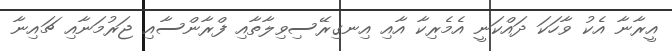
އީރާނާ އެކު ވާހަކަ ދައްކަނީ އެމެރިކާ އާއި އިނގިރޭސިވިލާތާއި ފްރާންސާއި ޖަރުމަނާއި ޗައިނާ